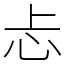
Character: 忐